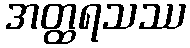
အတ္ထရသဿ